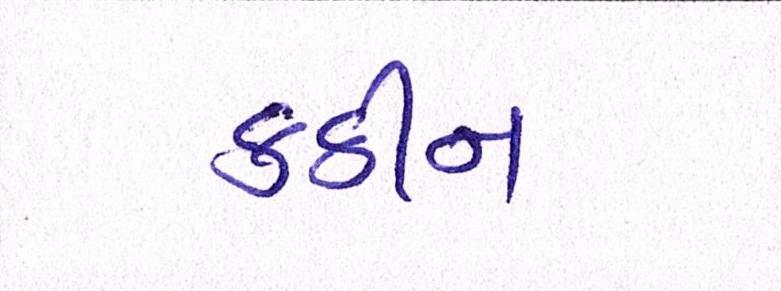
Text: કઠીન